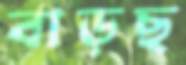
বাড়ছ